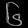
Digit: ၆